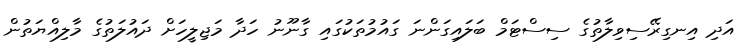
އަދި އިނގިރޭސިވިލާތުގެ ސިސްޓަމް ބަލައިގަންނަ ގައުމުތަކުގައި ގާނޫނު ހަދާ މަޖިލީހަށް ދައުލަތުގެ މާލިއްޔަތުން